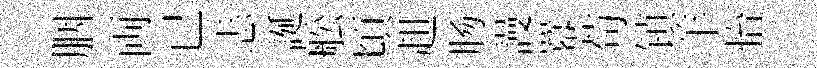
胭両已恚誕舩頃趄肠謾羃苟镇羊怡